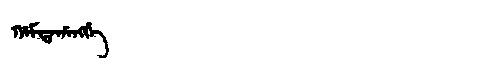
Manchu: ᡥᠠᠮᡨᠠᡥᠠᠩᡤᡝ
Romanization: HAMTAHANGGE